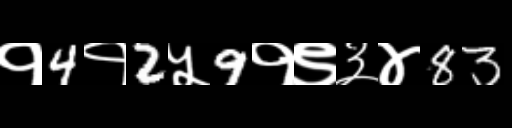
Text: १4१2५9१९३४83